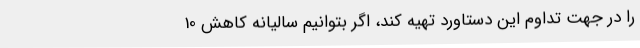
را در جهت تداوم این دستاورد تهیه کند، اگر بتوانیم سالیانه کاهش 10